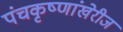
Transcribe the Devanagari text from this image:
पंचकृष्णांखेरीज